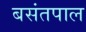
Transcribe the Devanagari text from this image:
बसंतपाल